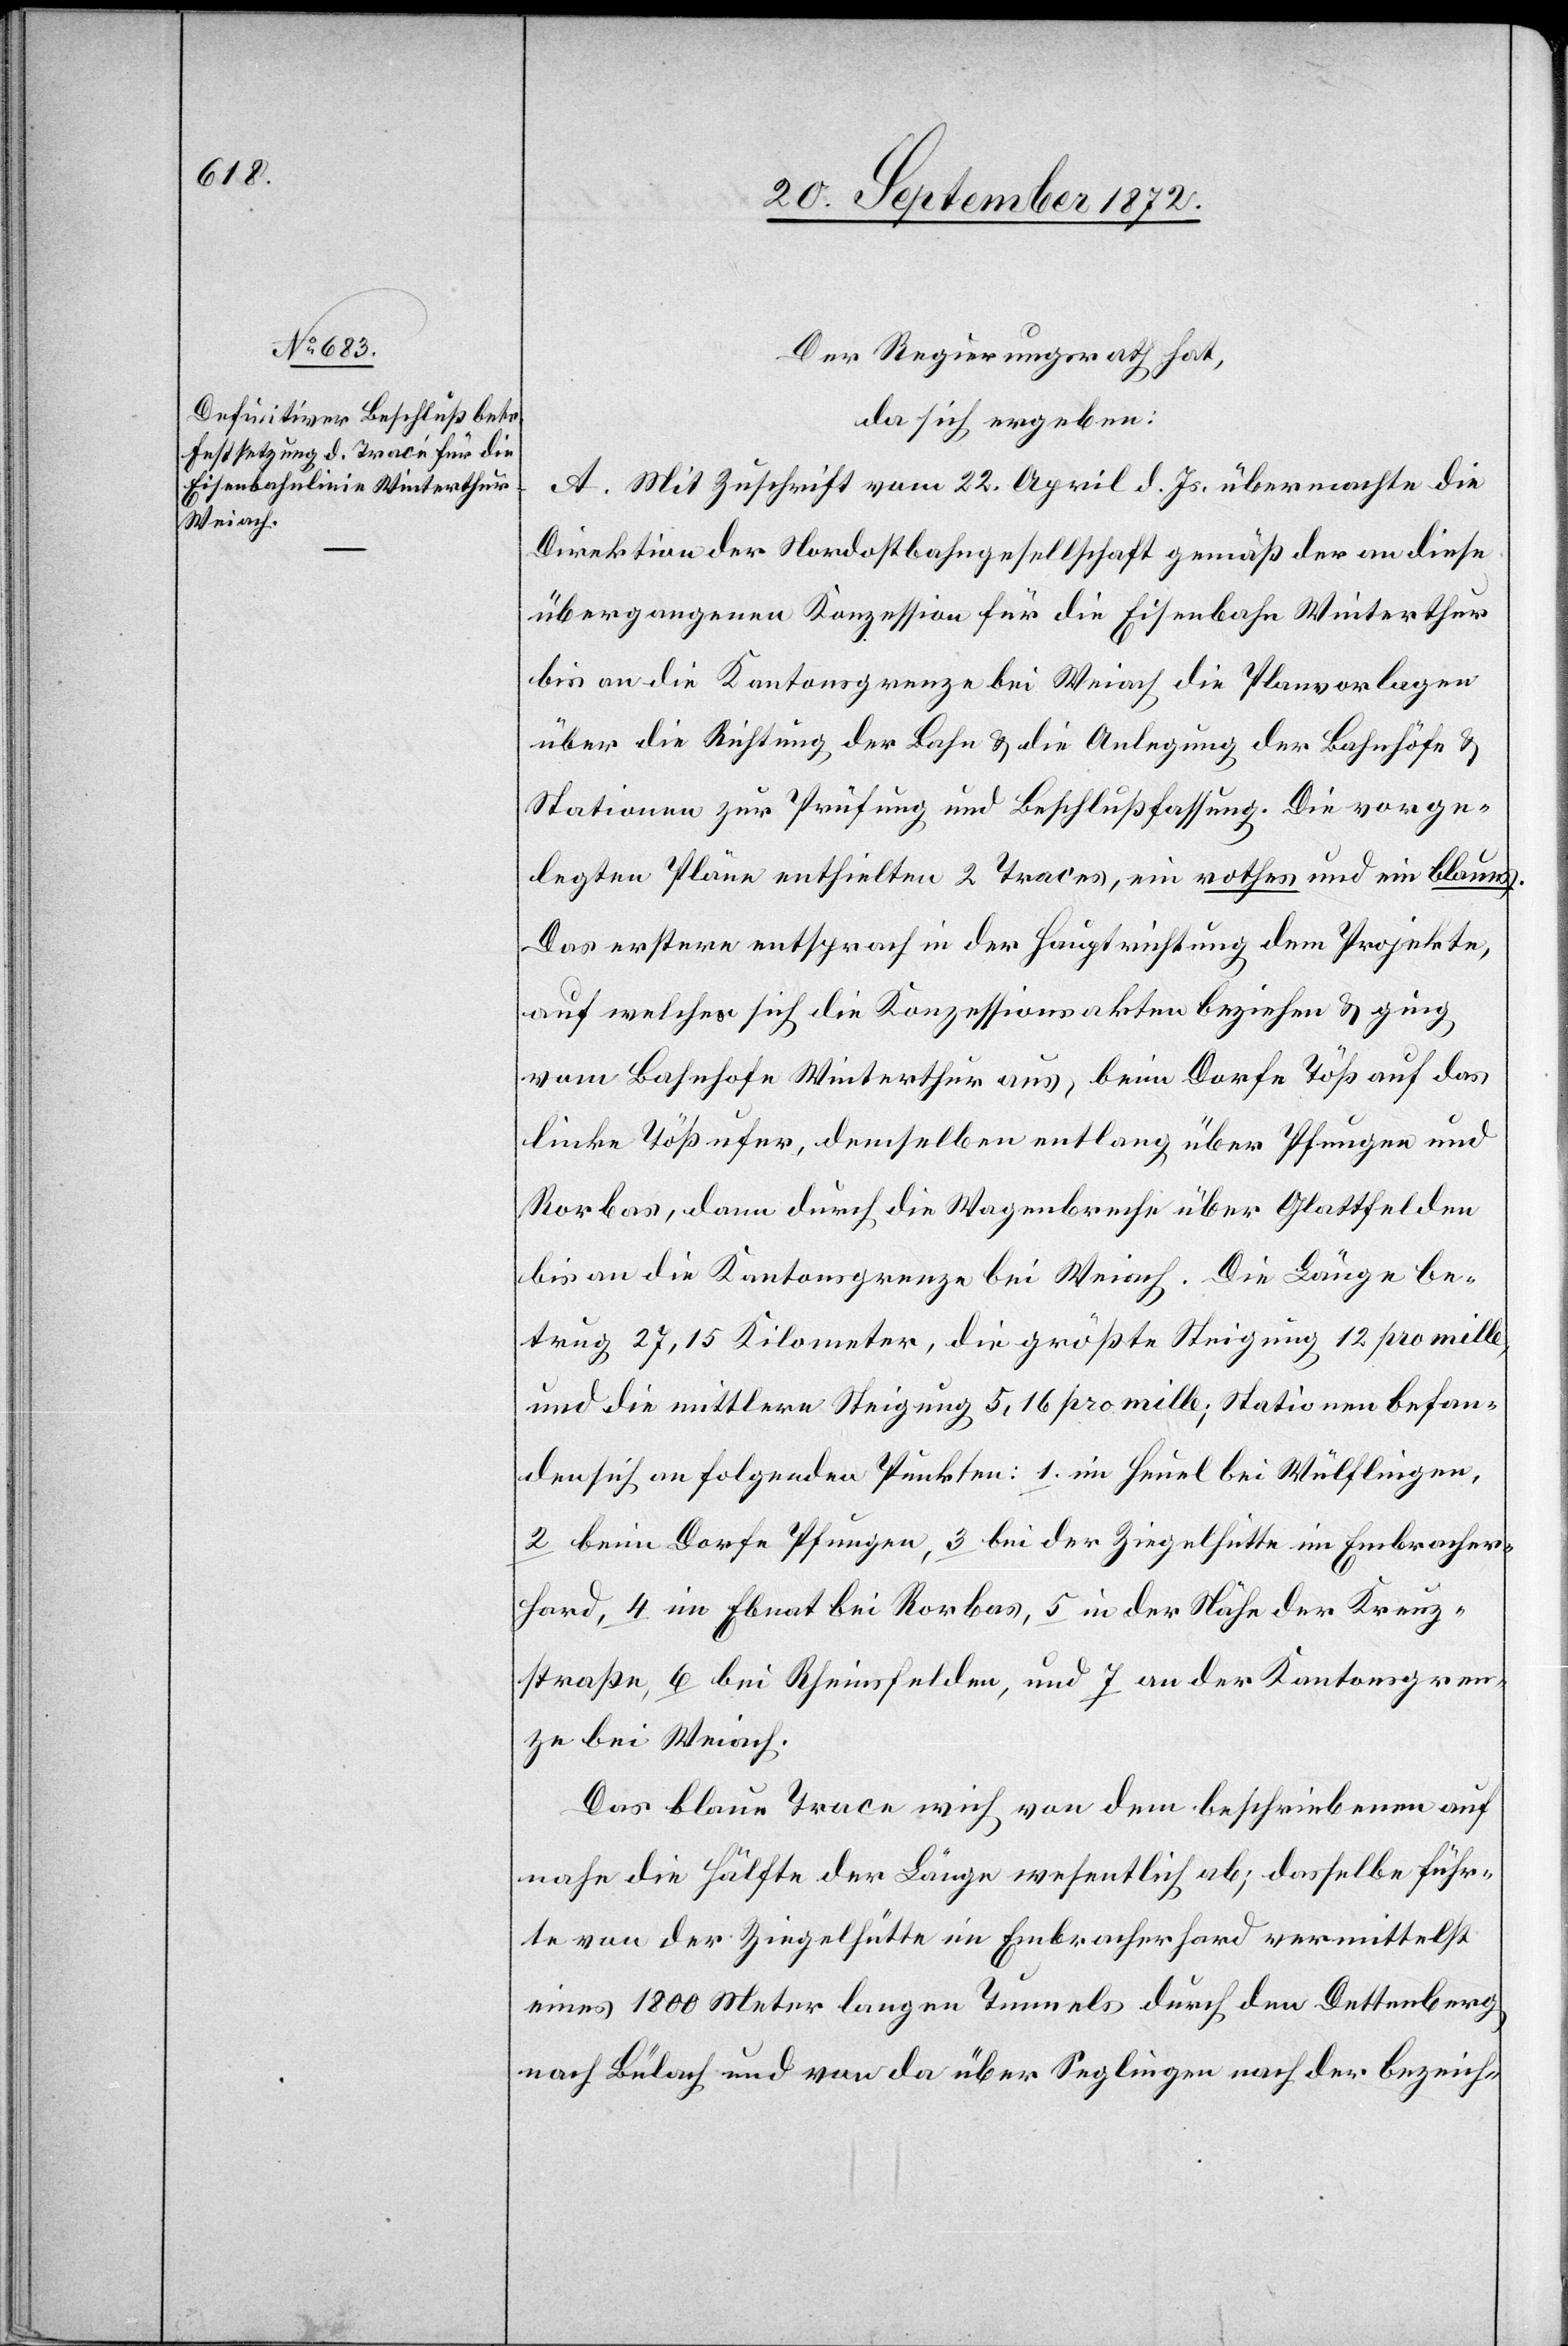
26. September 1872.]
Der Regierungsrath hat,
da sich ergeben:
A. Mit Zuschrift vom 22. April d. Js. übermachte die
Direktion der Nordostbahngesellschaft gemäß der an diese
übergegangenen Konzession für die Eisenbahn Winterthur
bis an die Kantonsgrenze bei Weiach die Planvorlagen
über die Richtung der Bahn u. die Anlegung der Bahnhöfe u.
Stationen zur Prüfung und Beschlußfassung. Die vorge¬
legten Pläne enthielten 2 Traces, ein rothes und ein blaues.
Das erstere entsprach in der Hauptrichtung dem Projekte,
auf welches sich die Konzessionsakten beziehen u. ging
vom Bahnhofe Winterthur aus, beim Dorfe Töß auf das
linke Tößufer, demselben entlang über Pfungen und
Rorbas, dann durch die Wagenbreche über Glattfelden
bis an die Kantonsgrenze bei Weiach. Die Länge be¬
trug 27,15 Kilometer, die größte Steigung 12 pro mille,
und die mittlere Steigung 5,16 pro mille; Stationen befan¬
den sich an folgenden Punkten: 1. im Heuel bei Wülflingen,
2 beim Dorfe Pfungen, 3 bei der Ziegelhütte im Embracher¬
hard, 4 im Ebnat bei Rorbas, 5 in der Nähe der Kreuz¬
straße, 6 bei Rheinsfelden, und 7 an der Kantonsgren¬
ze bei Weiach.
Das blaue Trace wich von dem beschriebenen auf
nahe die Hälfte der Länge wesentlich ab; dasselbe führ¬
te von der Ziegelhütte im Embracherhard vermittelst
eines 1800 Meter langen Tunnels durch den Dettenberg
nach Bülach und von da über Seglingen nach der bezeich-